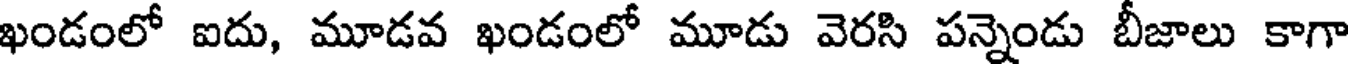
ఖండంలో ఐదు, మూడవ ఖండంలో మూడు వెరసి పన్నెండు బీజాలు కాగా